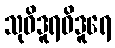
သုဝိဒူရဝိဒူရေ